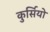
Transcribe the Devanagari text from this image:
कुर्सियो